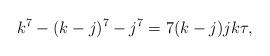
LaTeX: \begin{align*}k^{7}-(k-j)^{7}-j^{7}=7(k-j)jk\tau,\end{align*}